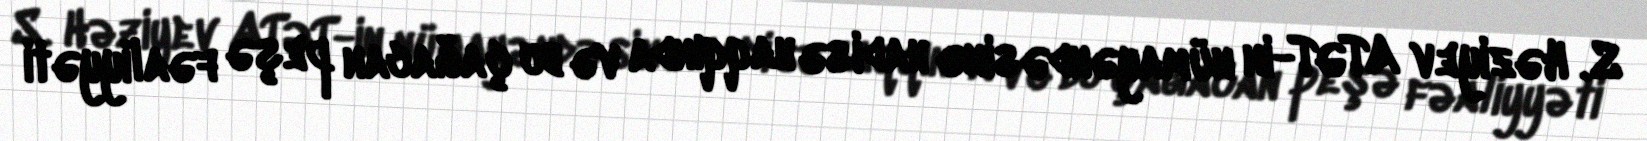
S. Həziyev ATƏT-in nümayəndəsinə hadisə haqqında və bu çağacan peşə fəaliyyəti